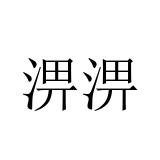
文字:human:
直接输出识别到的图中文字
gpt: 淠淠